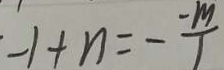
- 1 + n = \frac { - m } { 1 }